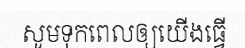
សូមទុកពេលឲ្យយើងធ្វើ